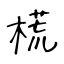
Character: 𣗄